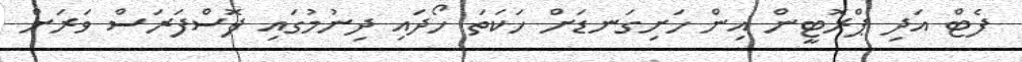
ފެޓް އަދި ޕްރޮޓީން އިން ހަށިގަނޑަށް ހަކަތަ ހޯދައި ދިނުމުގައި ފޮސްފަރަސް ވަރަށް